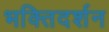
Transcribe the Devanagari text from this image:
भक्तिदर्शन